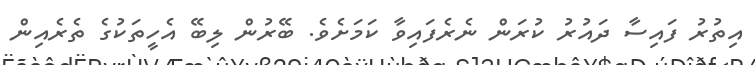
އިތުރު ފައިސާ ދައުރު ކުރަން ނެރެފައިވާ ކަމަށެވެ. ބޭރުން ލިބޭ އެހީތަކުގެ ތެރެއިން